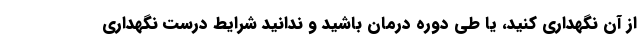
از آن نگهداری کنید، یا طی دوره درمان باشید و ندانید شرایط درست نگهداری